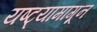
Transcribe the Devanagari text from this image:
यष्ट्यांमागून